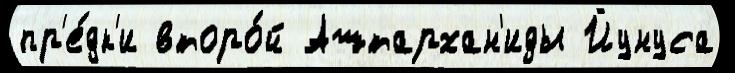
пр'е́дк'и второ́й Аштархан'иды Йунуса